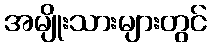
အမျိုးသားများတွင်